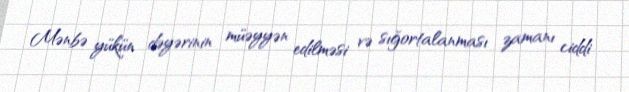
Mənbə yükün dəyərinin müəyyən edilməsi və sığortalanması zamanı ciddi